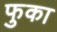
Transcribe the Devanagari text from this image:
फुका